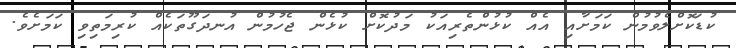
ކުޑަކޮށްލެވުމުން ކަމަށާއި އެއް ކުޅުންތެރިއަކު މަދުކޮށް ކުޅެން ޖެހުމުން އުނދަގޫތަކެއް ކުރިމަތިވި ކަމަށެވެ.